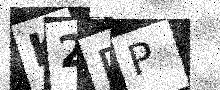
Text: K2DP